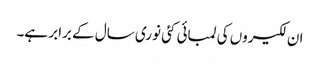
ان لکیروں کی لمبائی کئی نوری سال کے برابر ہے۔